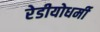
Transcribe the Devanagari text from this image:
रेडीयोधर्मी